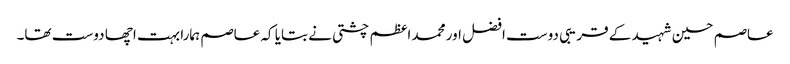
عاصم حسین شہید کے قریبی دوست افضل اور محمد اعظم چشتی نے بتایا کہ عاصم ہمارا بہت اچھا دوست تھا۔